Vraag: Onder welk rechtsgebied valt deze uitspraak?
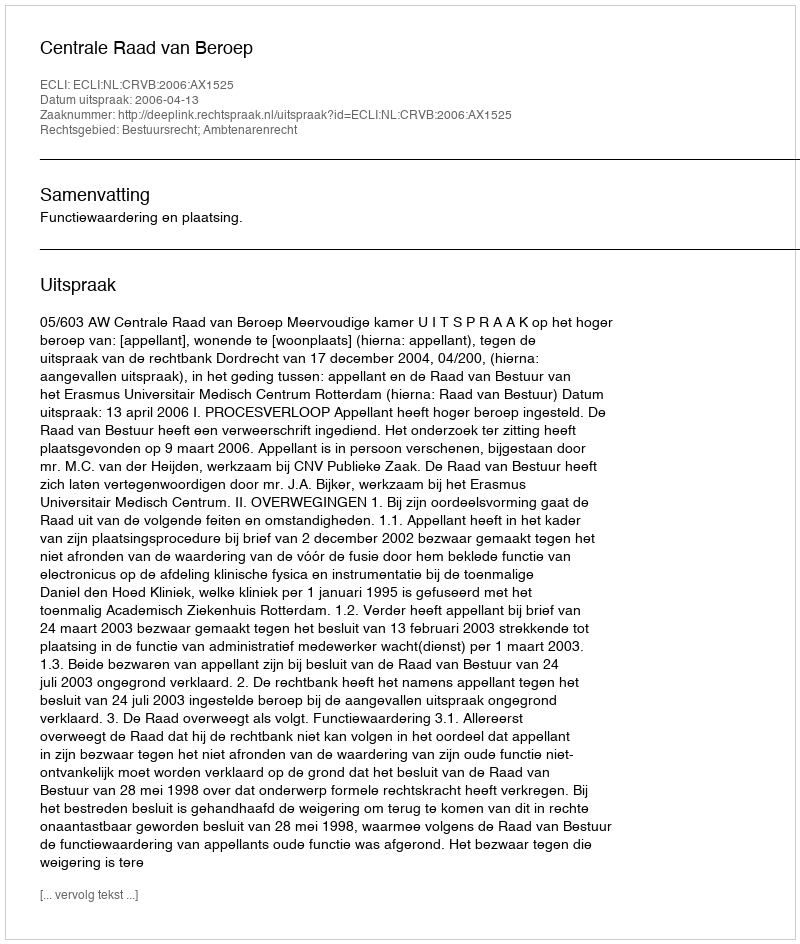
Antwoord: Bestuursrecht; Ambtenarenrecht